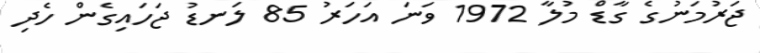
ޖަރުމަނުގެ ގާޑް މުލާ 1972 ވަނަ އަހަރު 85 ލަނޑު ޖަހައިގެން ހެދި